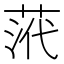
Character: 𮏠